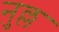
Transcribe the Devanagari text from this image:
नुल्ल